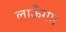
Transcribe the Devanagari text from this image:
लाऊँगा।